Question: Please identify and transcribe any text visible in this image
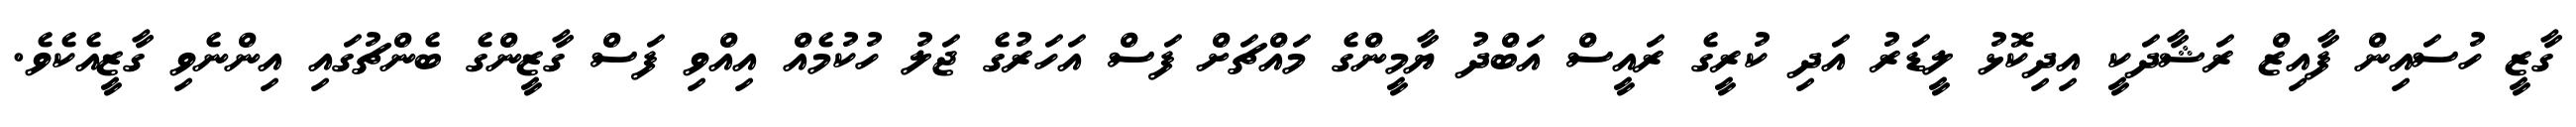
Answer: ގާޒީ ހުސައިން ފާއިޒް ރަޝާދަކީ އިދިކޮޅު ލީޑަރު އަދި ކުރީގެ ރައީސް އަބްދު ޔާމީންގެ މައްޗަށް ފަސް އަހަރުގެ ޖަލު ހުކުމެއް އިއްވި ފަސް ގާޒީންގެ ބެންޗުގައި އިންނެވި ގާޒީއެކެވެ.